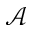
\mathcal { A }